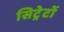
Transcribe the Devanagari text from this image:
सिट्रेटों